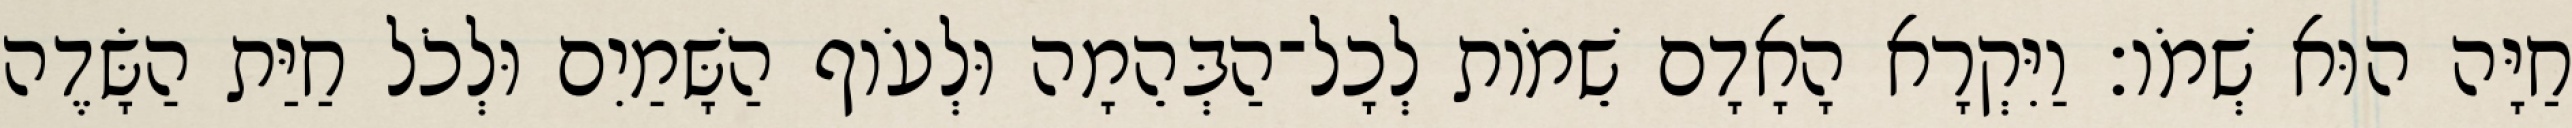
חַיָּה הוּא שְׁמֹו׃ וַיִּקְרָא הָאָדָם שֵׁמֹות לְכָל־הַבְּהֵמָה וּלְעֹוף הַשָּׁמַיִם וּלְכֹל חַיַּת הַשָּׂדֶה